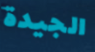
الجيدة